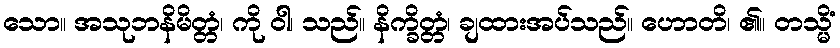
သော။ အသုဘနိမိတ္တံ၊ ကို ဝါ၊ သည်။ နိက္ခိတ္တံ၊ ချထားအပ်သည်။ ဟောတိ၊ ၏။ တသ္မိံ